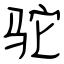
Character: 驼